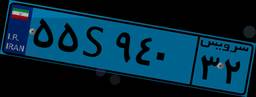
۳۹S۳۳۲۳۴